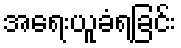
အရေးယူခံရခြင်း